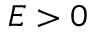
E > 0